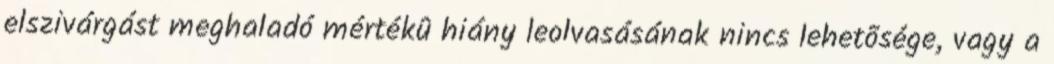
elszivárgást meghaladó mértékû hiány leolvasásának nincs lehetõsége, vagy a